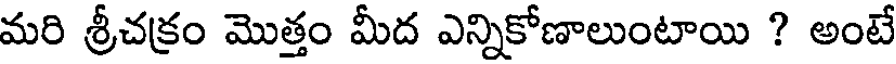
మరి శ్రీచక్రం మొత్తం మీద ఎన్నికోణాలుంటాయి ? అంటే